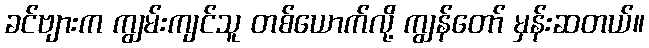
ခင်ဗျားက ကျွမ်းကျင်သူ တစ်ယောက်လို့ ကျွန်တော် မှန်းဆတယ်။